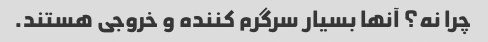
چرا نه؟ آنها بسیار سرگرم کننده و خروجی هستند.